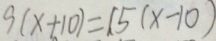
9 ( x + 1 0 ) = 1 5 ( x - 1 0 )